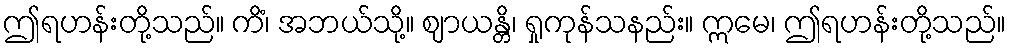
ဤရဟန်းတို့သည်။ ကိံ၊ အဘယ်သို့။ ဈာယန္တိ၊ ရှုကုန်သနည်း။ ဣမေ၊ ဤရဟန်းတို့သည်။